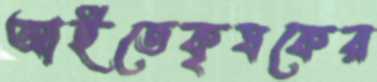
আইতেকৃষকের